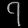
Digit: ၇